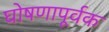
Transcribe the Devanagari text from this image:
घोषणापूर्वक